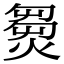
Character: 𤌽